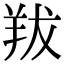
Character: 𦍱